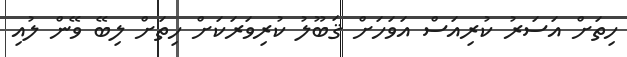
ހިތަށް އަސަރު ކުރިއަސް އަވަހަށް ޤަބޫލު ކުރިވަރަކަށް ހިތަށް ލިބޭ ވޭން ލުއި